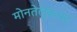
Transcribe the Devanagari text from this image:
मोनतेलुकास्ट